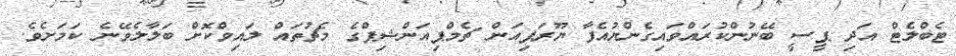
ޓެބްލެޓް އަދި ޕީސީ ބޭނުންކުރައްވައިގެންޔުއެފާ ޔޫރަޕިއަން ޗެމްޕިއަންޝިޕްގެ މެޗުތައް ލައިވްކޮށް ބަލާލެވޭނެ ކަމަށެވެ.